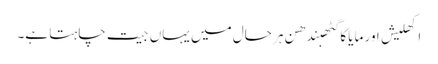
اکھلیش اور مایا کا گٹھبندھن ہر حال میں یہاں جیت چاہتا ہے۔